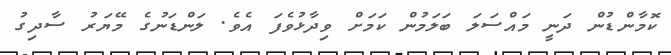
ކޮމާންޑުން ދަނީ މައްސަލަ ބަލަމުން ކަމަށް ވިދާޅުވެފަ އެވެ. ލަންޑަނުގެ މޭޔަރު ސާދިގު